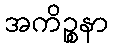
အကိဉ္စနာ